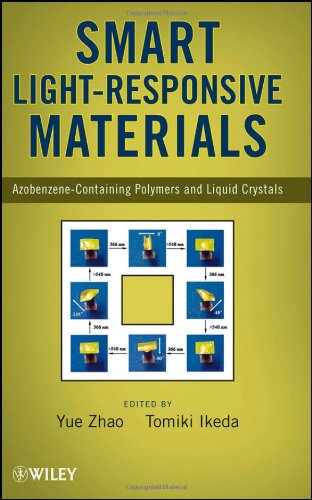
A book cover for Smart Light-Responsive Materials: Azobenzene-Containing Polymers and Liquid Crystals; Science & Math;